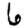
Digit: 6